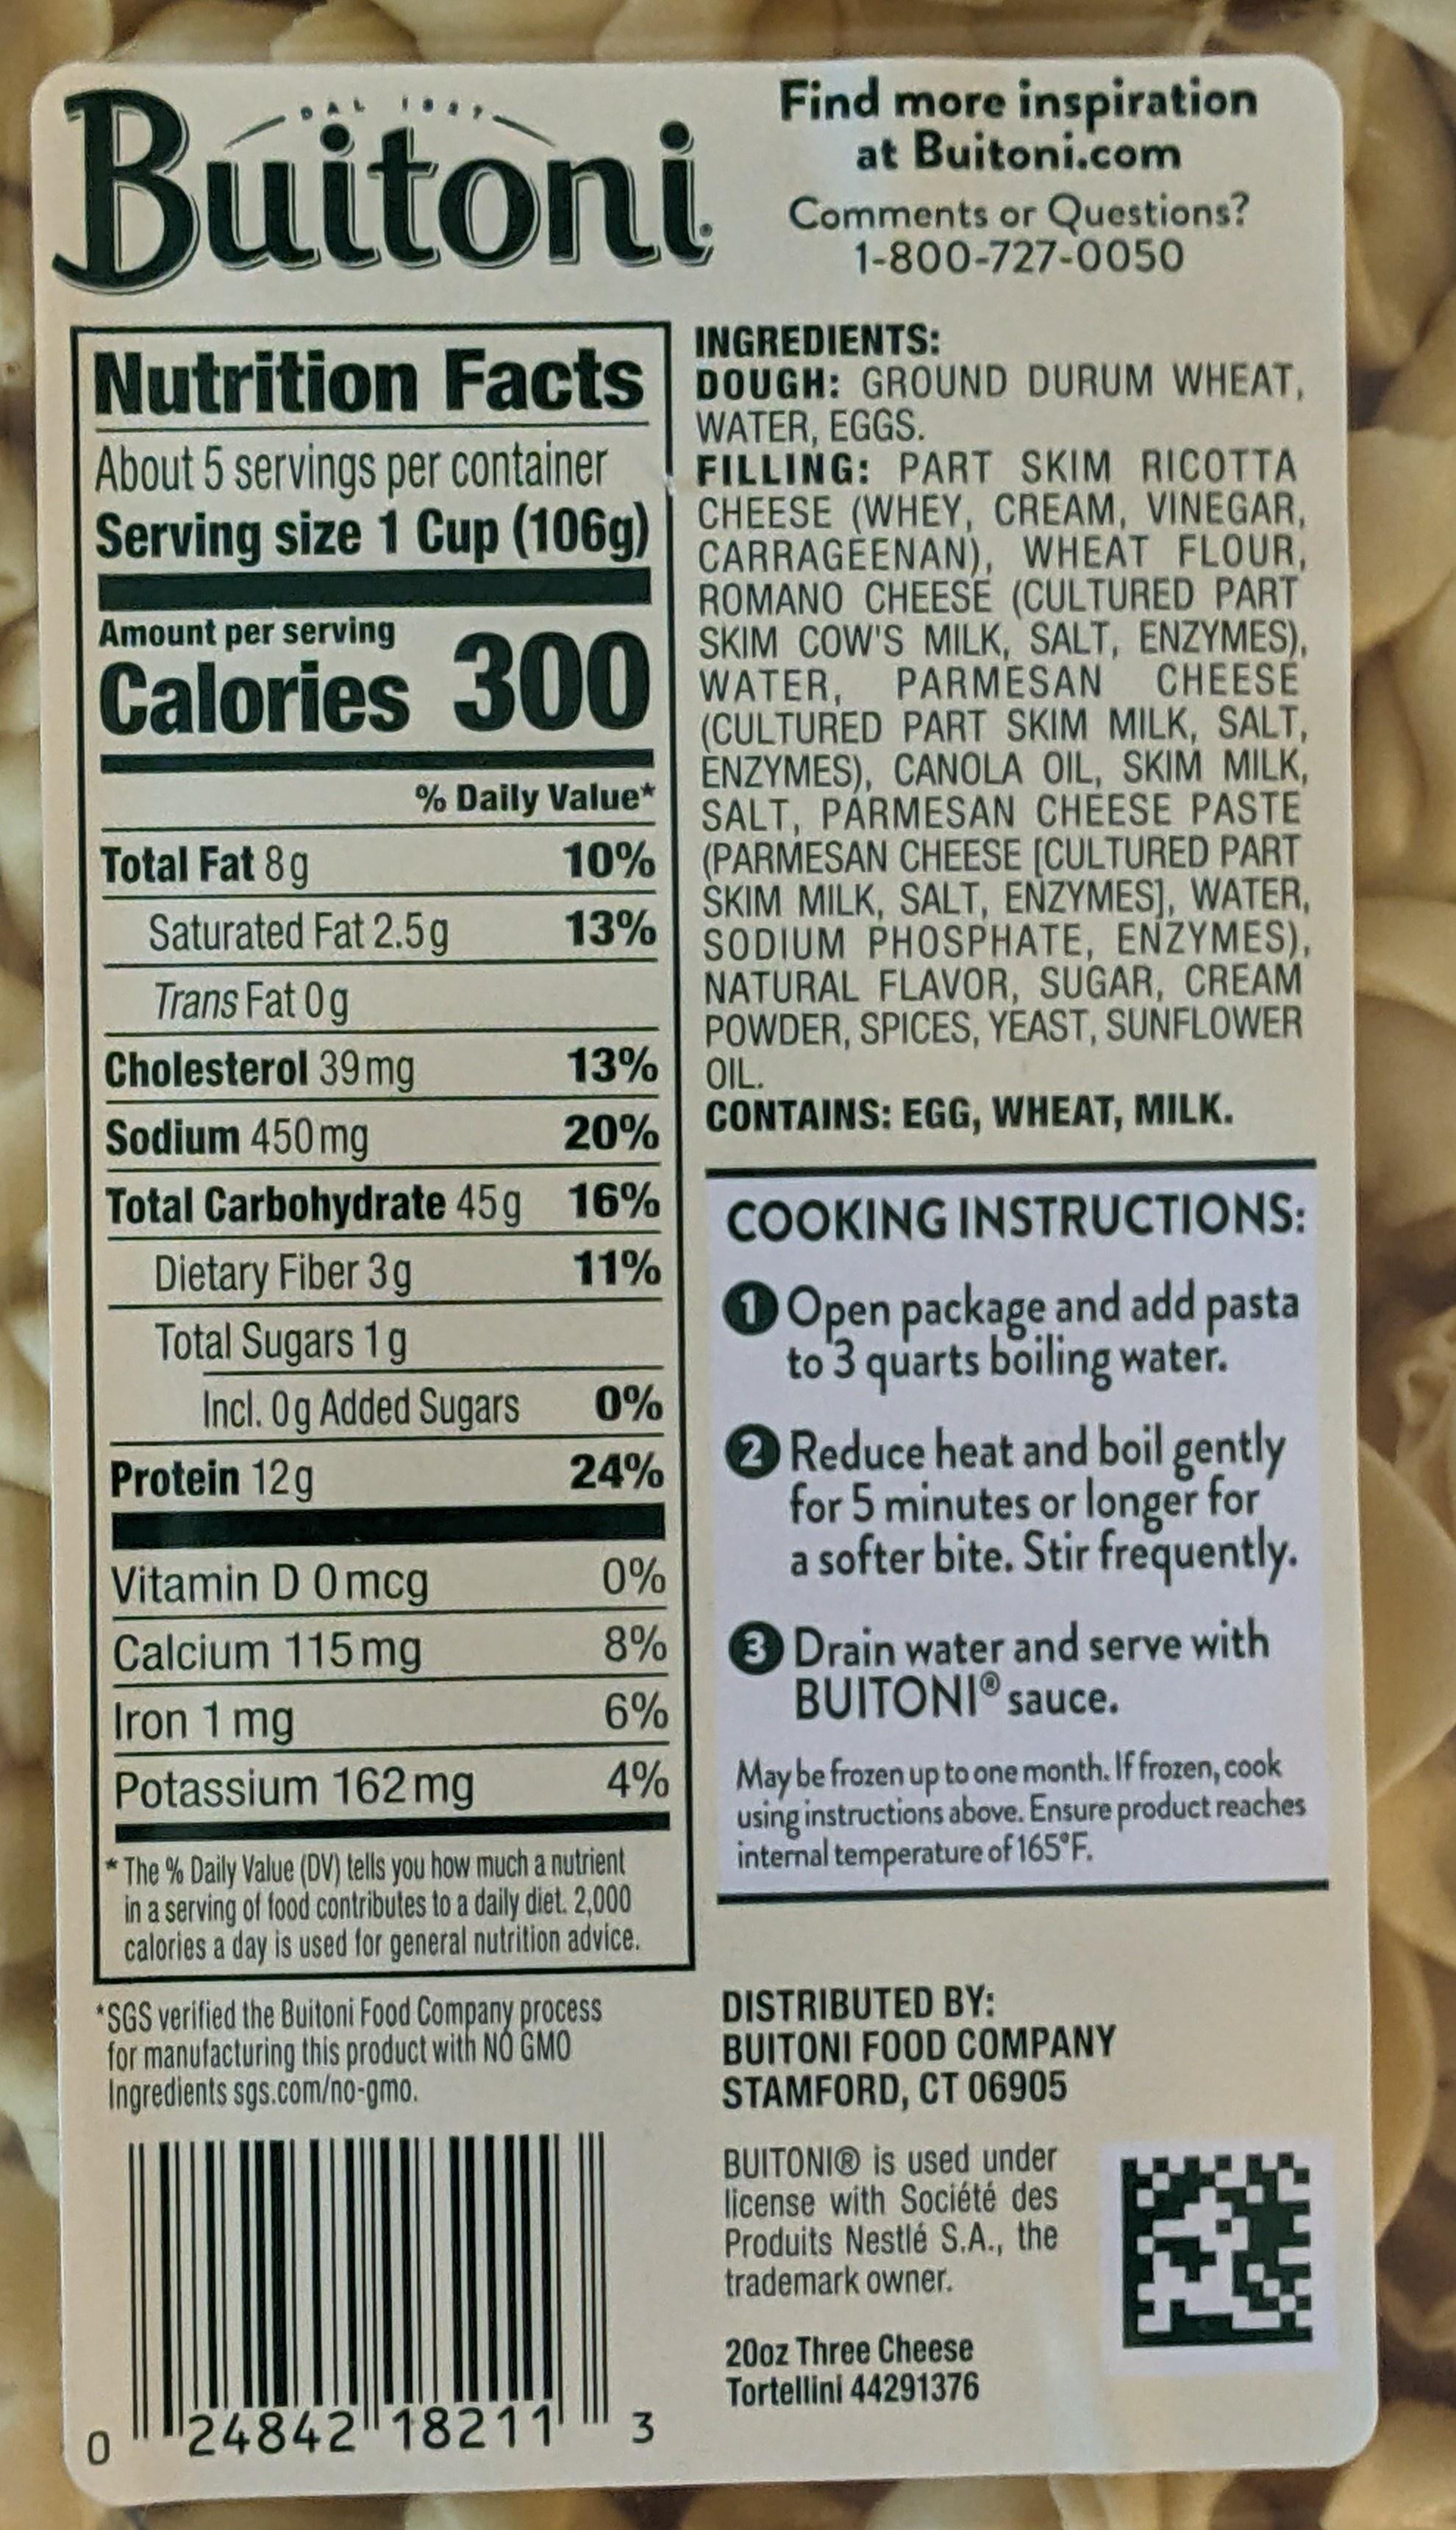
Buitoni
INGREDIENTS:
Nutrition Facts DOUGH: GROUND DURUM WHEAT,
WATER, EGGS.
About 5 servings per container Serving size 1 Cup (106g)
Amount per serving
Calories 300
Total Fat 8g
Saturated Fat 2.5g
Trans Fat Og
Cholesterol 39 mg
Sodium 450 mg
Total Carbohydrate 45g 16%
Dietary Fiber 3g
11%
Total Sugars 1g
% Daily Value* 10%
13%
Protein 12g
Incl. Og Added Sugars
Vitamin D 0 mcg
Calcium 115 mg
0
Iron 1 mg
Potassium 162 mg
13%
20%
0%
24%
*The % Daily Value (DV) tells you how much a nutrient in a serving of food contributes to a daily diet. 2,000 calories a day is used for general nutrition advice.
24842 18211
0%
8%
6%
4%
*SGS verified the Buitoni Food Company process for manufacturing this product with NO GMO Ingredients sgs.com/no-gmo.
Find more inspiration at Buitoni.com Comments or Questions? 1-800-727-0050
3
FILLING: PART SKIM RICOTTA
CHEESE (WHEY, CREAM, VINEGAR, CARRAGEENAN), WHEAT FLOUR, ROMANO CHEESE (CULTURED PART SKIM COW'S MILK, SALT, ENZYMES), WATER, PARMESAN CHEESE (CULTURED PART SKIM MILK, SALT, ENZYMES), CANOLA OIL, SKIM MILK, SALT, PARMESAN CHEESE PASTE (PARMESAN CHEESE [CULTURED PART SKIM MILK, SALT, ENZYMES], WATER, SODIUM PHOSPHATE, ENZYMES), NATURAL FLAVOR, SUGAR, CREAM POWDER, SPICES, YEAST, SUNFLOWER OIL.
CONTAINS: EGG, WHEAT, MILK.
COOKING INSTRUCTIONS:
Open package and add pasta to 3 quarts boiling water.
2 Reduce heat and boil gently for 5 minutes or longer for a softer bite. Stir frequently.
3 Drain water and serve with BUITONIⓇ sauce.
May be frozen up to one month. If frozen, cook using instructions above. Ensure product reaches internal temperature of 165°F.
DISTRIBUTED BY: BUITONI FOOD COMPANY STAMFORD, CT 06905 BUITONIⓇ is used under license with Société des Produits Nestlé S.A., the trademark owner.
20oz Three Cheese Tortellini 44291376
#